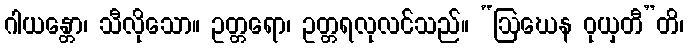
ဂါယန္တော၊ သီလိုသော။ ဥတ္တရော၊ ဥတ္တရလုလင်သည်။ “ဩဃေန ဝုယှတီ”တိ၊